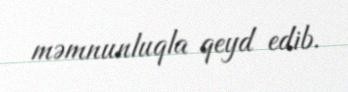
məmnunluqla qeyd edib.